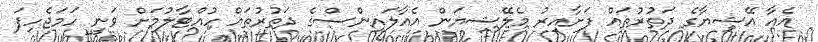
އެއާ އޭޝިޔާގެ ދަތުރުތައް ފަށާއިރު މެލޭޝިޔަން އެއާލައިންސްގެ ދަތުރުތައް ހުއްޓާލުމަށް ވަނީ ހަމަޖެހިފަ